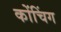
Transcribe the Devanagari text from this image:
कोंचिंग